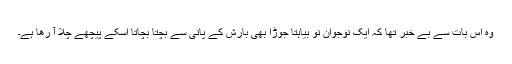
وہ اِس بات سے بے خبر تھا کہ ایک نوجوان نو بیاہتا جوڑا بھی بارِش کے پانی سے بَچتا بچاتا اسکے پیچھے چَلا آ رھا ہے۔